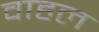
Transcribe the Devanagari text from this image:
वाहल